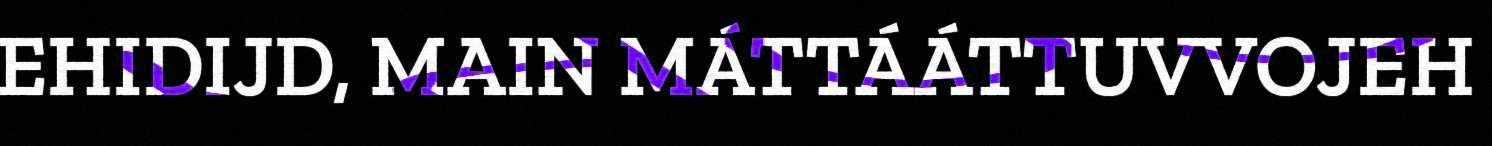
EHIDIJD, MAIN MÁTTÁÁTTUVVOJEH